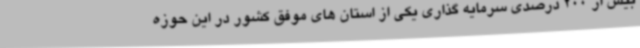
بیش از 200 درصدی سرمایه گذاری یکی از استان های موفق کشور در این حوزه